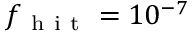
f _ { \mathrm { ~ h ~ i ~ t ~ } } = 1 0 ^ { - 7 }